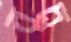
বুচ